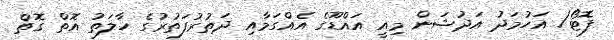
ފޮޓޯ/ އަހުމަދު އަދުޝަން މިއީ އައްޑޫގެ އެއްގަމާއި ދަތުރުފަތުރުގެ ހާލަތު އޮތް ގޮތް